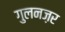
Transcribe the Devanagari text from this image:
गुलनज़र